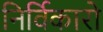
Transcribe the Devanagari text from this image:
निर्विकारो